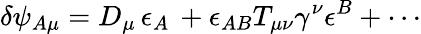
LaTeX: \delta\psi_{A\mu}={D}_{\mu}\, \epsilon_{A}\, +\epsilon_{AB}T_{\mu\nu}\gamma^{\nu}\epsilon^{B}+\cdots